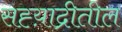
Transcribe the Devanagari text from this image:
सह्य़ाद्रीतील